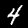
Digit: 4